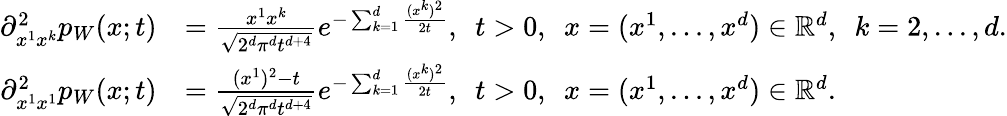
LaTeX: \begin{array}{rl}{\partial_{x^{1}x^{k}}^{2}p_{W}(x;t)}&{=\frac{x^{1}x^{k}}{\sqrt{2^{d}\pi^{d}t^{d+4}}}e^{-\sum_{k=1}^{d}\frac{(x^{k})^{2}}{2t}},~~t>0,~~x=(x^{1},...,x^{d})\in{\mathbb R}^{d},~~k=2,...,d.}\\ {\partial_{x^{1}x^{1}}^{2}p_{W}(x;t)}&{=\frac{(x^{1})^{2}-t}{\sqrt{2^{d}\pi^{d}t^{d+4}}}e^{-\sum_{k=1}^{d}\frac{(x^{k})^{2}}{2t}},~~t>0,~~x=(x^{1},...,x^{d})\in{\mathbb R}^{d}.}\end{array}